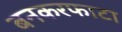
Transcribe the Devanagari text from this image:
बनकरफाटा